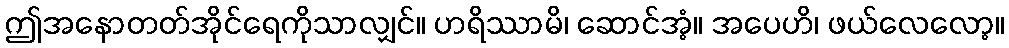
ဤအနောတတ်အိုင်ရေကိုသာလျှင်။ ဟရိဿာမိ၊ ဆောင်အံ့။ အပေဟိ၊ ဖယ်လေလော့။